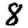
Digit: 8